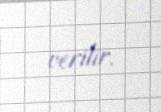
verilir.